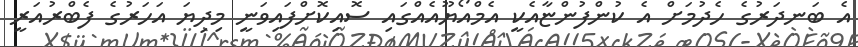
އެ ބަނދަރުގެ ހެދުމަށް އެ ކުންފުންޏާއެކީ އެމްއޯޔޫއެއްގައި ސޮއިކޮށްފައިވަނީ މިދިޔަ އަހަރުގެ ފެބްރުއަރީ